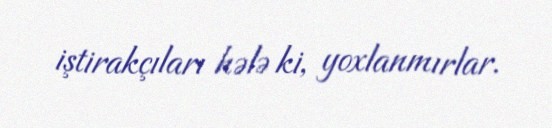
iştirakçıları hələ ki, yoxlanmırlar.